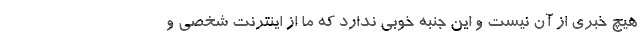
هیچ خبری از آن نیست و این جنبه خوبی ندارد که ما از اینترنت شخصی و